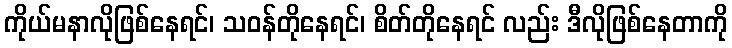
ကိုယ်မနာလိုဖြစ်နေရင်၊ သဝန်တိုနေရင်၊ စိတ်တိုနေရင် လည်း ဒီလိုဖြစ်နေတာကို